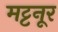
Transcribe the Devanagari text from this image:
मट्टनूर